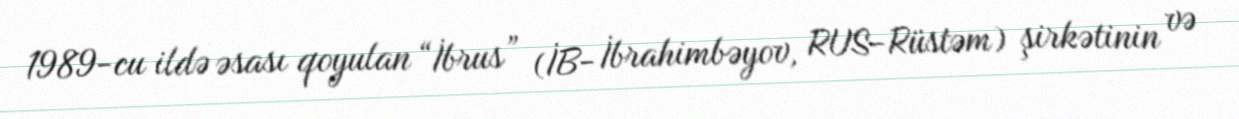
1989-cu ildə əsası qoyulan “İbrus” (İB- İbrahimbəyov, RUS-Rüstəm) şirkətinin və